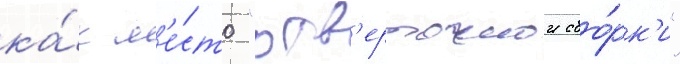
ка́к м'е́сто "отв'ерточнои сбо́рк'и"